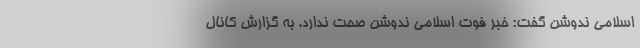
اسلامی ندوشن گفت: خبر فوت اسلامی ندوشن صحت ندارد. به گزارش کانال